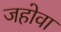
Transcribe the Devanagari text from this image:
जहोवा